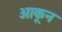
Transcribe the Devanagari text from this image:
ओकून